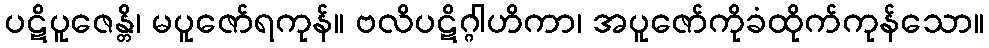
ပဋိပူဇေန္တိ၊ မပူဇော်ရကုန်။ ဗလိပဋိဂ္ဂါဟိကာ၊ အပူဇော်ကိုခံထိုက်ကုန်သော။